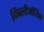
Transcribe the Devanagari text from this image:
बिबलीओथिक